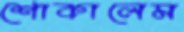
শোকালেম